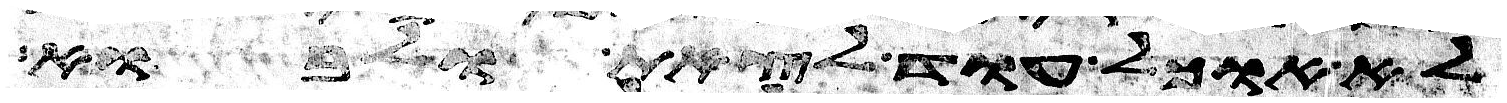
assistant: לא אוכל עוד לצאת ולאבוא